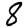
Digit: 8